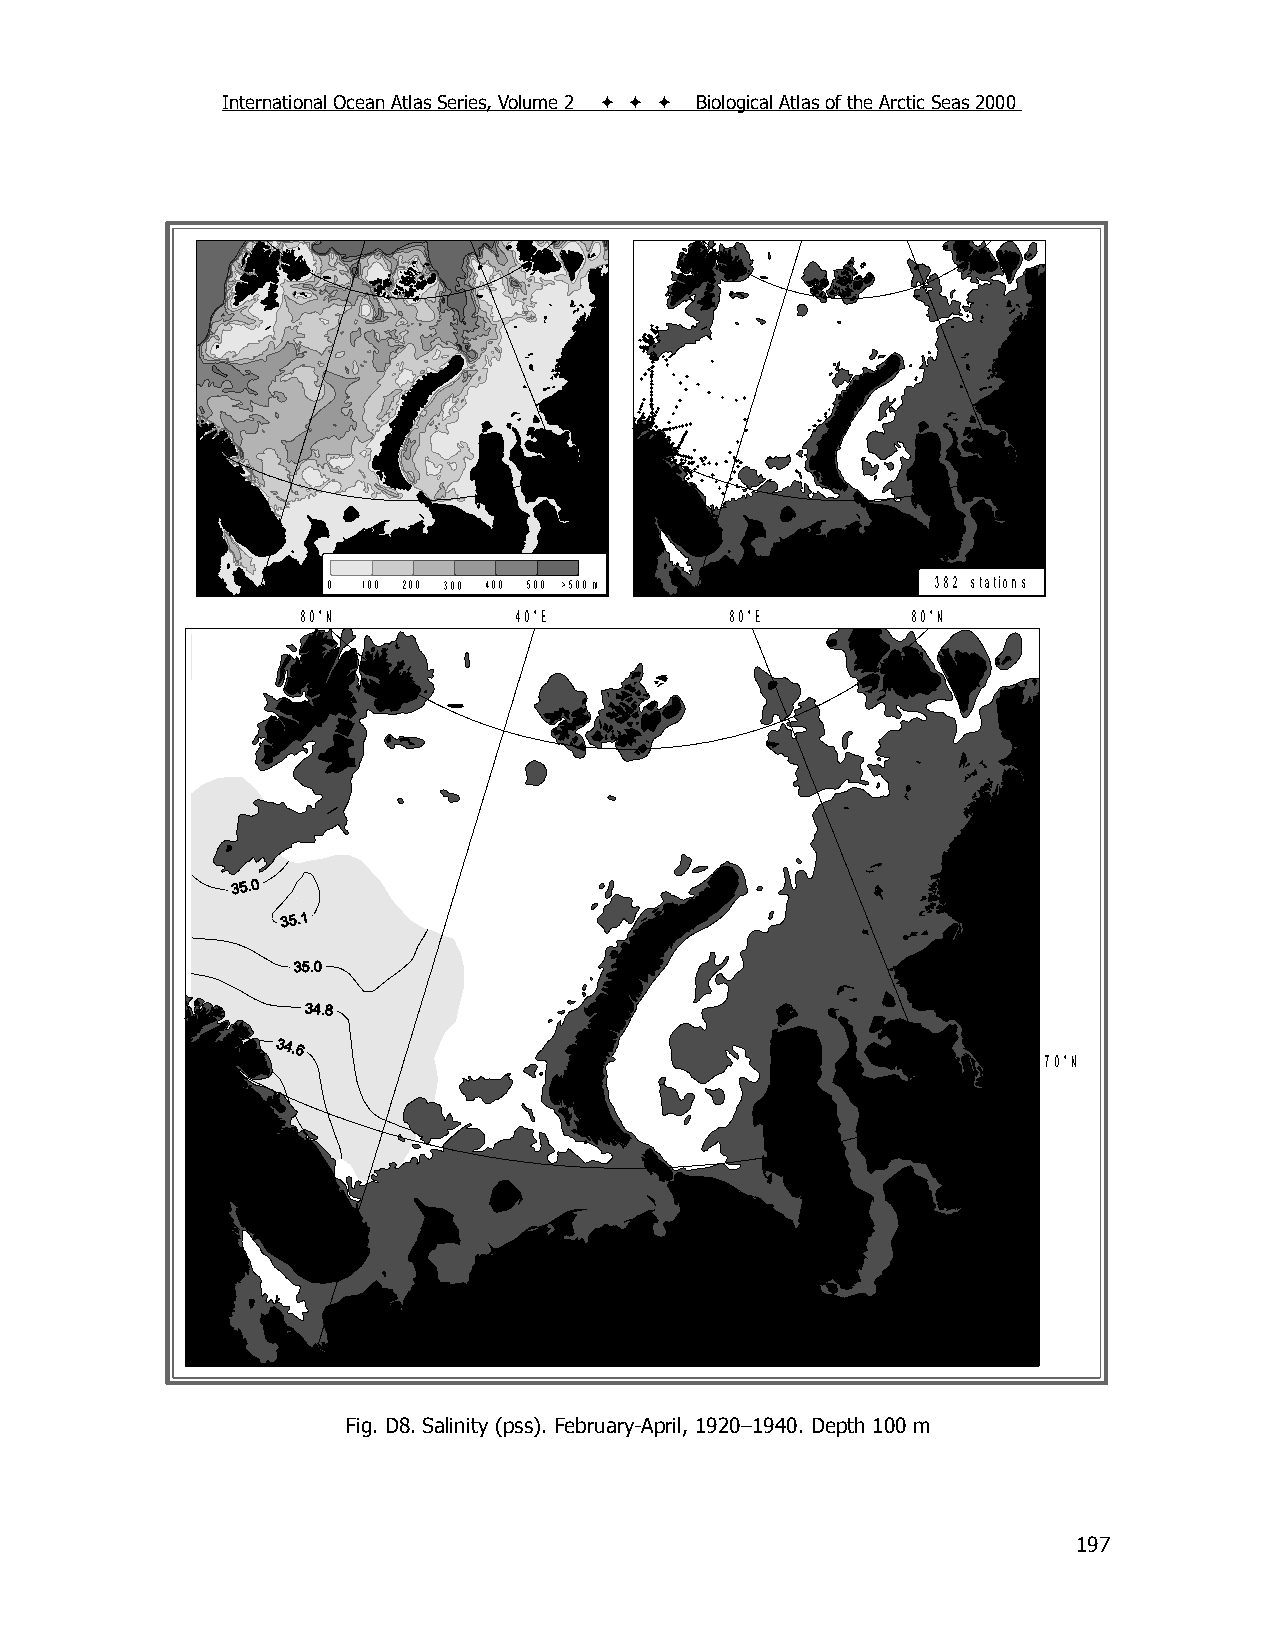
International Ocean Atlas Series, Volume 2    Biological Atlas of the Arctic Seas 2000
 0 100 200 300 400 500 >500 m            382 stations
 80°N          40°E          80°E        80°N
 70°N
 Fig. D8. Salinity (pss). February-April, 1920–1940. Depth 100 m
 197